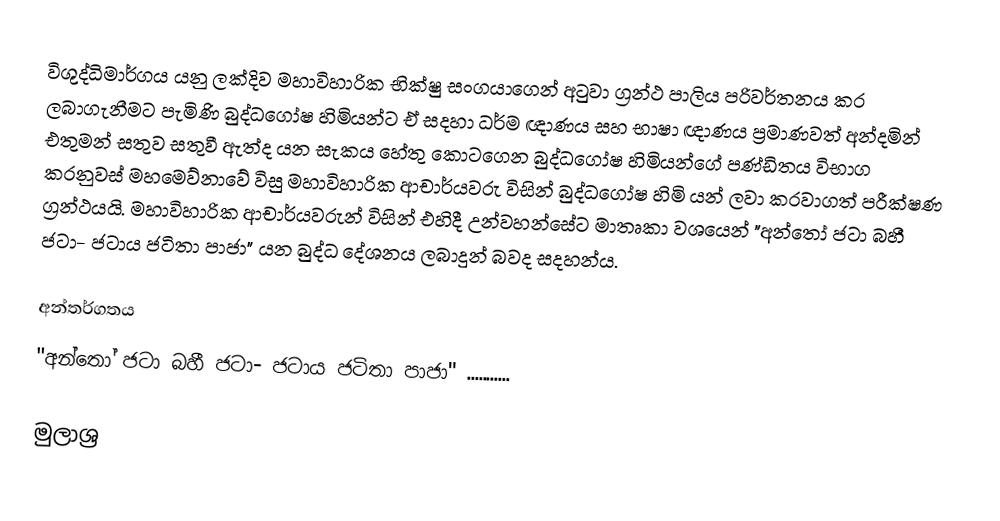
විශුද්ධිමාර්ගය යනු  ලක්දිව මහාවිහාරික භික්ෂු සංගයාගෙන්  අටුවා ග්‍රන්ථ  පාලිය පරිවර්තනය කර ලබාගැනීමට පැමිණි බුද්ධගෝෂ හිමියන්ට ඒ සදහා ධර්ම ඥාණය සහ භාෂා ඥාණය ප්‍රමාණවත් අන්දමින් එතුමන් සතුව  සතුවී ඇත්ද යන සැකය හේතු කොටගෙන බුද්ධගෝෂ හිමියන්ගේ පණ්ඩිතය විභාග කරනුවස් මහමෙව්නාවේ විසු මහාවිහාරික ආචාර්යවරු විසින් බුද්ධගෝෂ හිමි යන් ලවා කරවාගත් පරීක්ෂණ ග්‍රන්ථයයි.   මහාවිහාරික ආචාර්යවරුන් විසින් එහිදී උන්වහන්සේට මාතෘකා වශයෙන්  "අන්තෝ ජටා බහී ජටා- ජටාය ජටිතා පාජා" යන බුද්ධ දේශනය ලබාදුන් බවද සදහන්ය.

අන්තර්ගතය
"අන්තෝ ජටා බහී ජටා- ජටාය ජටිතා පාජා" ...........

මුලාශ්‍ර